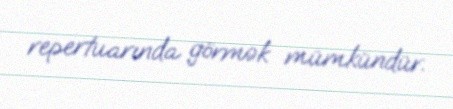
repertuarında görmək mümkündür.